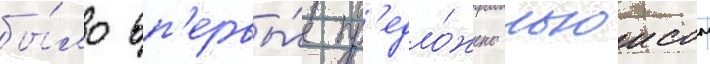
бы́ло вп'ервы́е пр'едло́жено льюисом